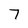
Character: 7